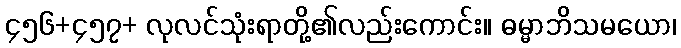
၄၅၆+၄၅၇+ လုလင်သုံးရာတို့၏လည်းကောင်း။ ဓမ္မာဘိသမယော၊